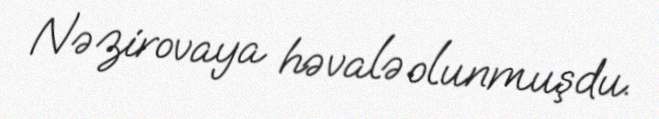
Nəzirovaya həvalə olunmuşdu.